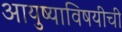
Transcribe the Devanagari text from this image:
आयुष्याविषयीची